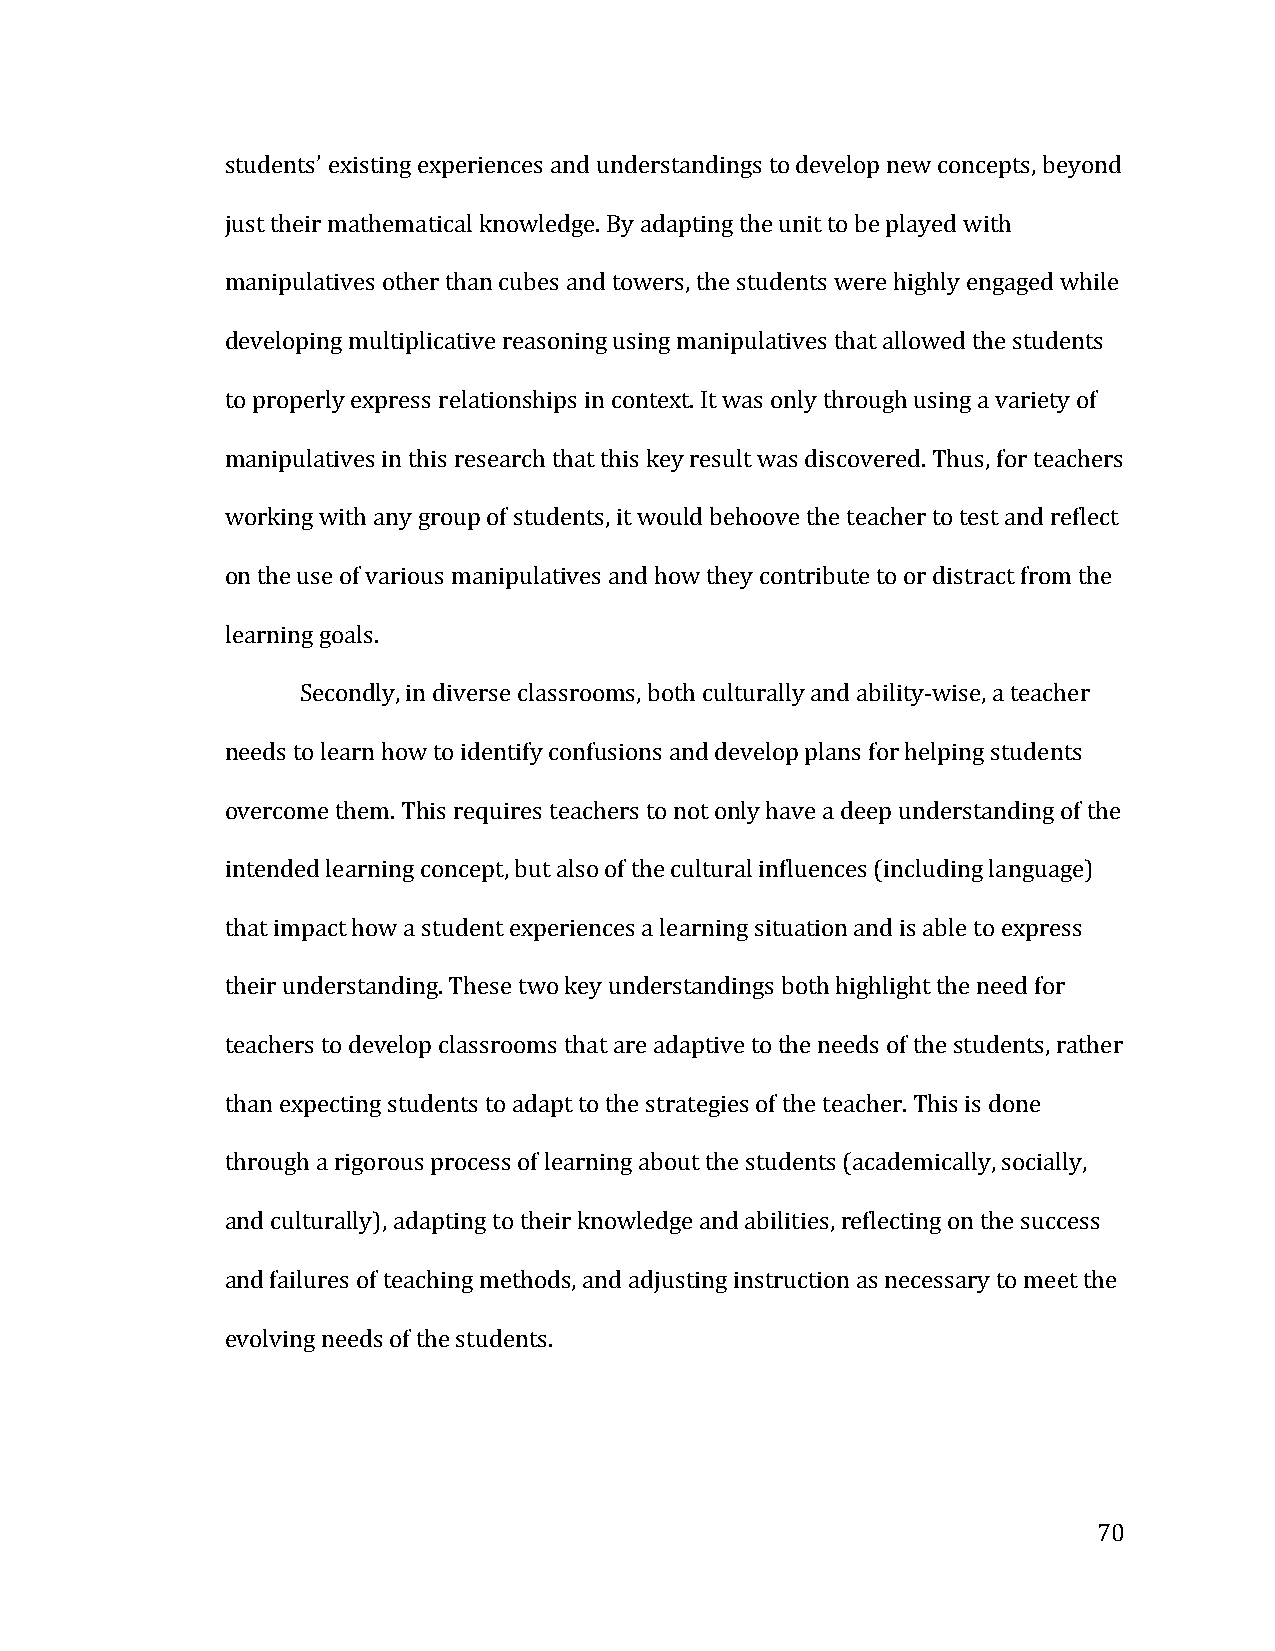
students’ existing experiences and understandings to develop new concepts, beyond
 just their mathematical knowledge. By adapting the unit to be played with
 manipulatives other than cubes and towers, the students were highly engaged while
 developing multiplicative reasoning using manipulatives that allowed the students
 to properly express relationships in context. It was only through using a variety of
 manipulatives in this research that this key result was discovered. Thus, for teachers
 working with any group of students, it would behoove the teacher to test and reflect
 on the use of various manipulatives and how they contribute to or distract from the
 learning goals.
 Secondly, in diverse classrooms, both culturally and ability-­‐wise, a teacher
 needs to learn how to identify confusions and develop plans for helping students
 overcome them. This requires teachers to not only have a deep understanding of the
 intended learning concept, but also of the cultural influences (including language)
 that impact how a student experiences a learning situation and is able to express
 their understanding. These two key understandings both highlight the need for
 teachers to develop classrooms that are adaptive to the needs of the students, rather
 than expecting students to adapt to the strategies of the teacher. This is done
 through a rigorous process of learning about the students (academically, socially,
 and culturally), adapting to their knowledge and abilities, reflecting on the success
 and failures of teaching methods, and adjusting instruction as necessary to meet the
 evolving needs of the students.
 70